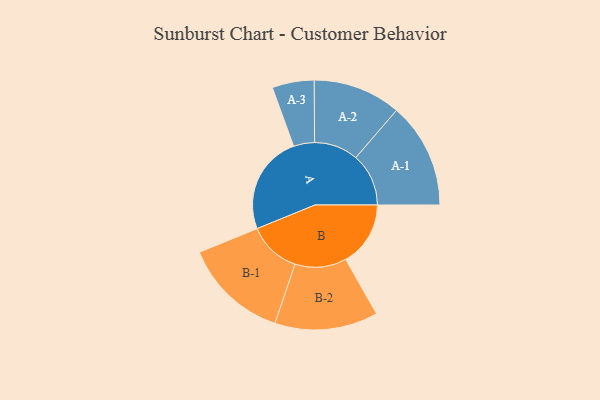
{"axis": {"x": "Segment", "y": "Value"}, "legend": ["", "A", "B"], "data": [{"x": "A", "y": 494, "type": ""}, {"x": "B", "y": 324, "type": ""}, {"x": "A-1", "y": 264, "type": "A"}, {"x": "A-2", "y": 220, "type": "A"}, {"x": "A-3", "y": 105, "type": "A"}, {"x": "B-1", "y": 263, "type": "B"}, {"x": "B-2", "y": 258, "type": "B"}]}